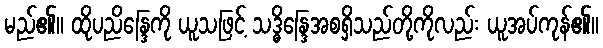
မည်၏။ ထိုပညိန္ဒြေကို ယူသဖြင့် သဒ္ဓိန္ဒြေအစရှိသည်တို့ကိုလည်း ယူအပ်ကုန်၏။